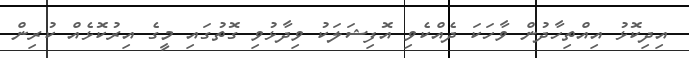
އިދިކޮޅު އިއްތިހާދުން ވާހަކަ ދެއްކެވި އޮފިޝަލަކު ވިދާޅުވި ގޮތުގައި މީގެ އިރުކޮޅެއް ކުރިން